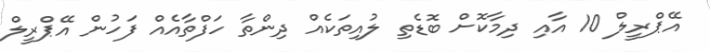
އޭޕްރީލް 10 އާއި ދިމާކޮށް ބޮޑެތި ލުއިތަކެއް ދިންތާ ހަފްތާއެއް ފަހުން އޭޕްރީލް